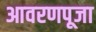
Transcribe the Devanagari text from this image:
आवरणपूजा